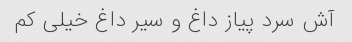
آش سرد پیاز داغ و سیر داغ خیلی کم